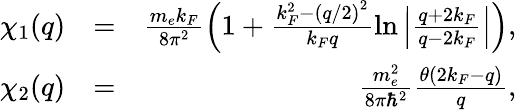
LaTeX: \begin{array}{rlr}{\chi_{1}(q)}&{=}&{\frac{m_{e}k_{F}}{8\pi^{2}}\left(1+\frac{k_{F}^{2}-\left(q/2\right)^{2}}{k_{F}q}\ln\left|\frac{q+2k_{F}}{q-2k_{F}}\right|\right),}\\ {\chi_{2}(q)}&{=}&{\frac{m_{e}^{2}}{8\pi\hbar^{2}}\frac{\theta(2k_{F}-q)}{q},}\end{array}